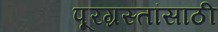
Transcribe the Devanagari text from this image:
पूरग्रस्तांसाठी